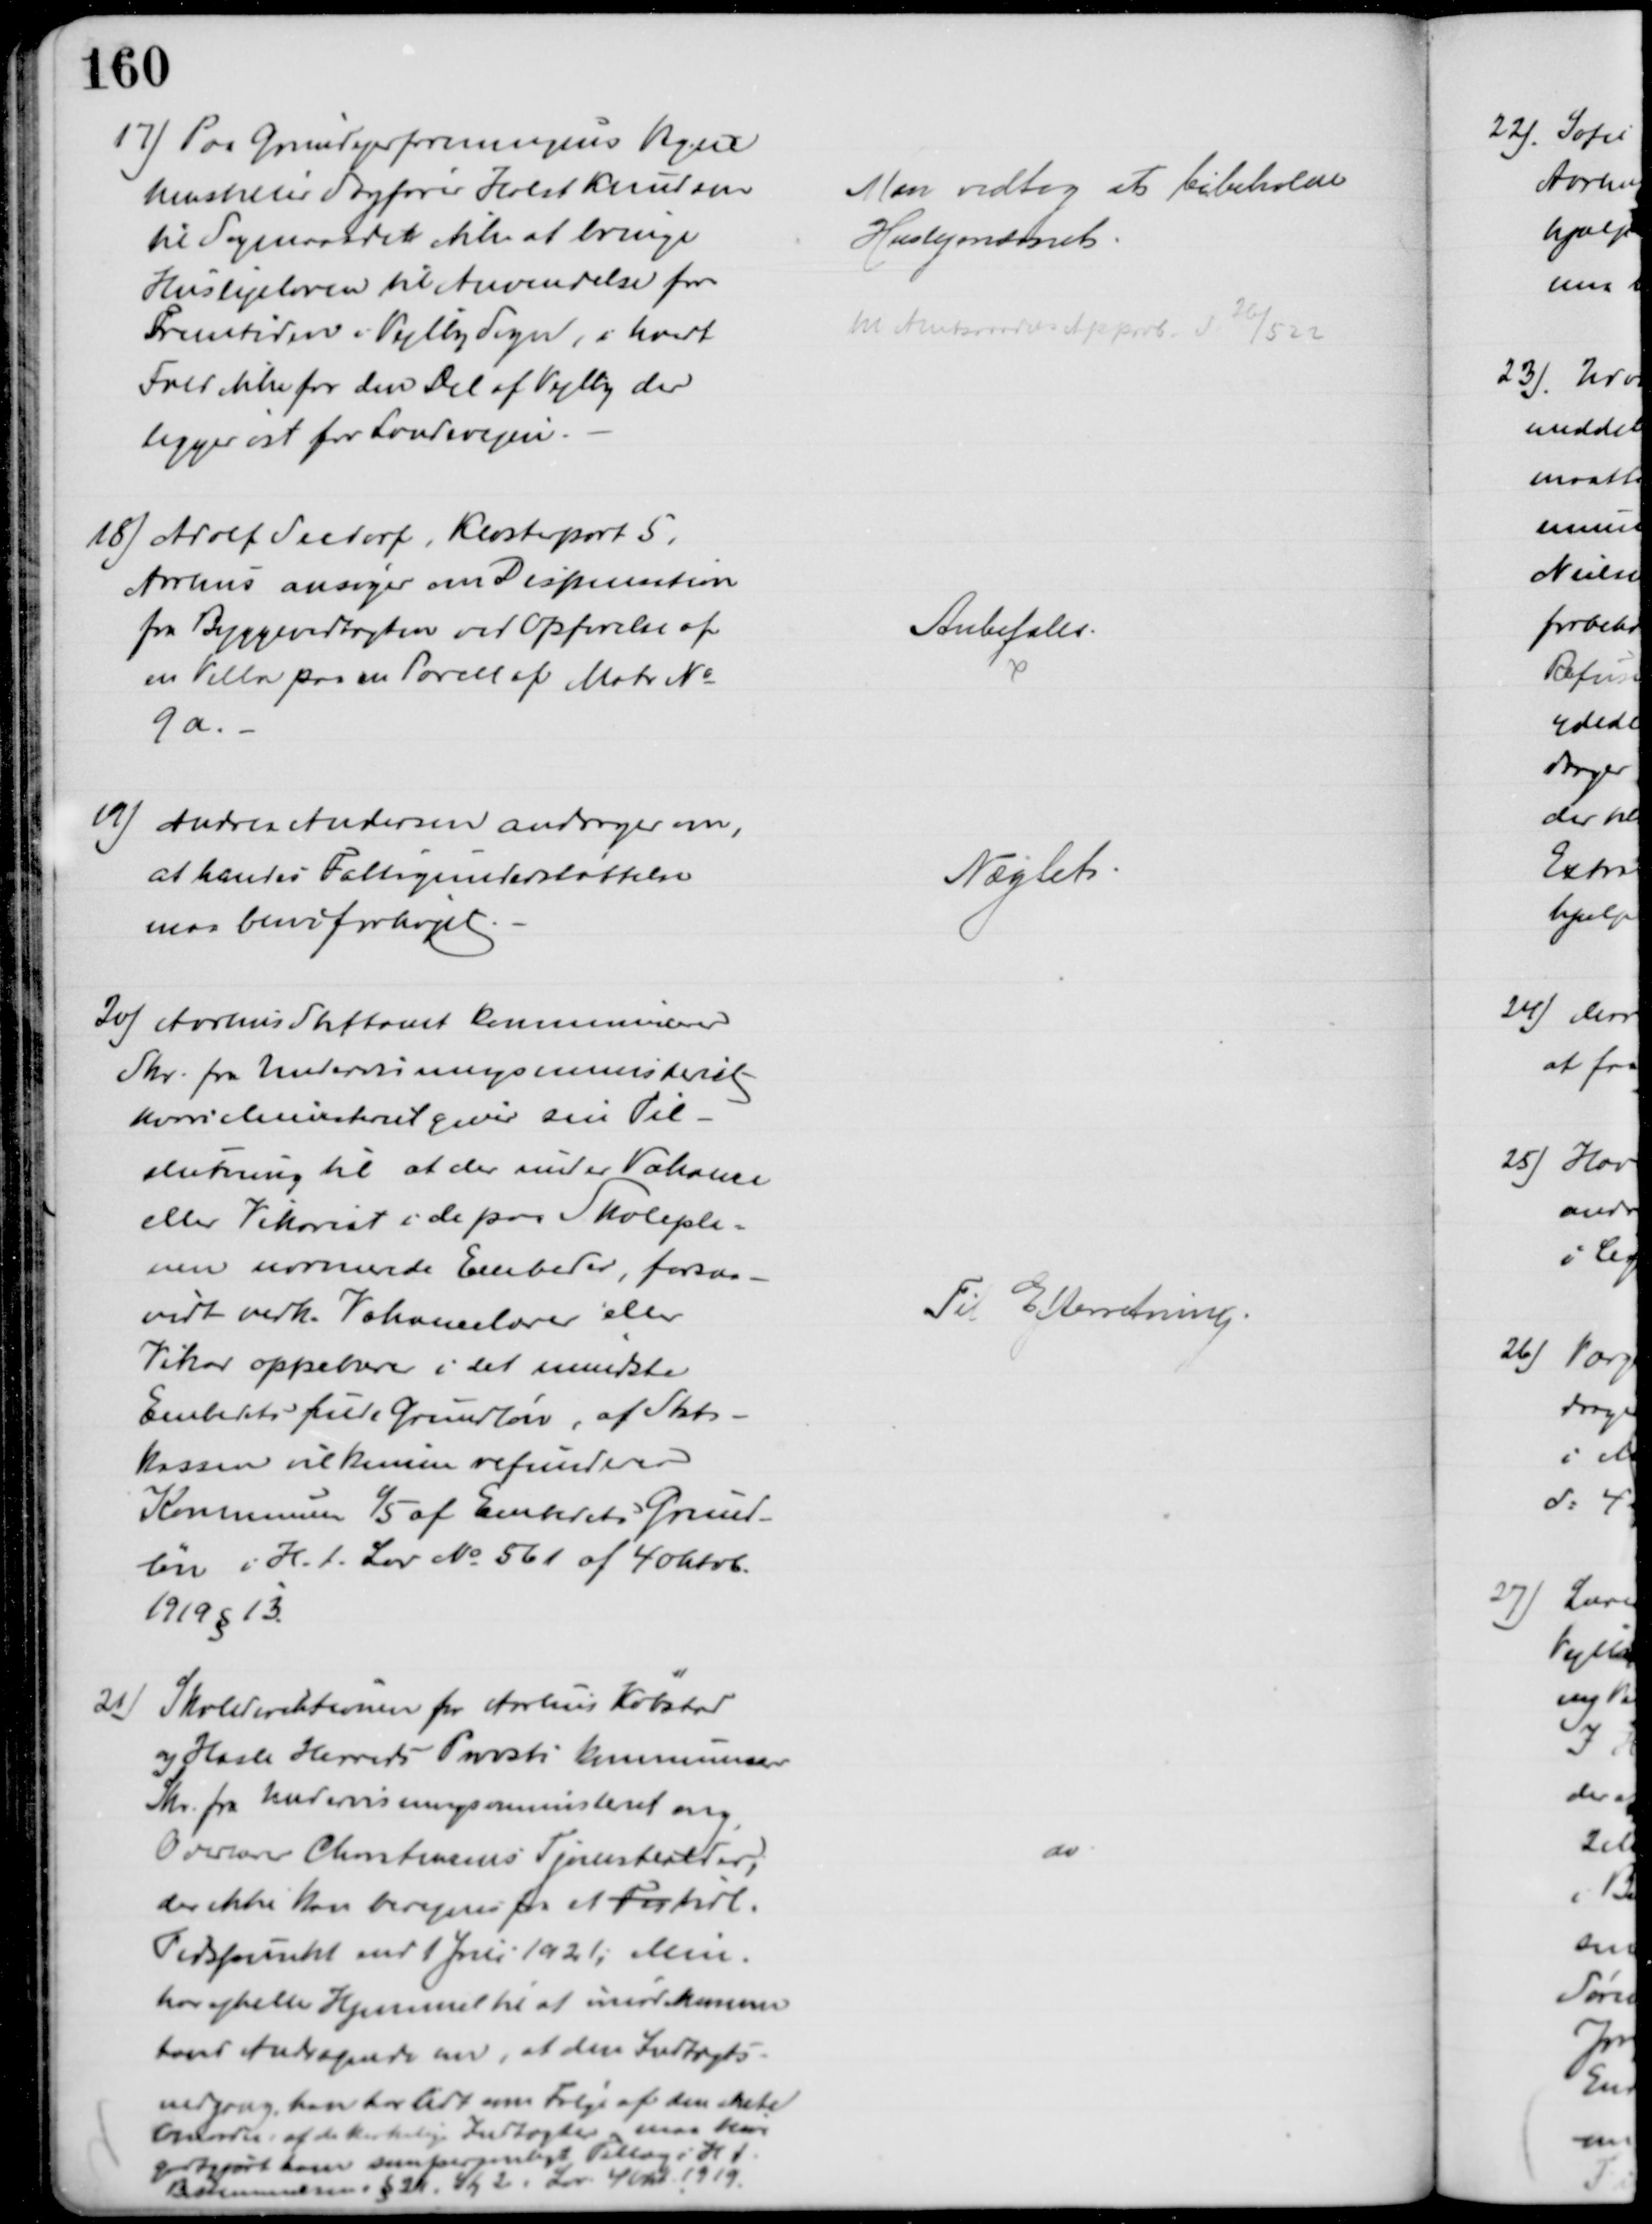
Transskription:
17) Paa Grundejerforeningens Vegne
henstiller Sagfører Holst Knudsen
til Sogneraadet ikke at bringe
Huslejeloven til Anvendelse for
Fremtiden i Vejlby Sogn, i hvert
Fald ikke for den Del af Vejlby der
ligger øst for Landevejen.
Man vedtog at bibeholde
Huslejenævnet
til Amtsraadets Approb. d. 26/5 22
18) Adolf Seedorf, Klosterport 5,
Aarhus ansøger om Dispensation
fra Byggevedtægten ved Opførelse af 
en Villa paa en Parcel af Matr №
9a.
Anbefales.
19) Andrea Andersen andrager om,
at hendes Fattigunderstøttelse
maa blive forhøjet
Nægtet
20) Aarhus Stiftamt kommunicerer
Skr. fra Undervisningsministeriet
hvori Ministeriet giver sin Til-
slutning til at der under Vakance
eller Vikariat i de paa Skolepla=
nen normerede Embeder, forsaa-
vidt vedk. Vakancelærer eller
Vikar oppebærer i det mindste
Embedets fulde Grundløn, af Stats-
kassen vil kunne refundere
Kommunen 1/5 af Embedets Grund-
løn i H. t. Lov № 561 af 4 Oktob.
1919 § 13
Til Efterretning.
21) Skoledirektionen for Aarhus Købstad
og Hasle Herreds Provsti kommunicerer
Skr. fra Undervisningsministeriet ang. 
Overlærer Christensens Tjenestealder,
der ikke kan beregnes for et For tidl.
Tidspunkt end 1 Juli 1921, Min.
har ejheller Hjemmel til at imødekomme
hans Andragende om, at den Indtægts-
nedgang, han har lidt som Følge af den skete
 Omordn: af de kirkelige Indtægter maa blive
godtgjort ham som personligt Tillæg i H.t.
Bestemmelsen i § 24. Sty 2 i Lov 4 Okt. 1919.
do